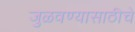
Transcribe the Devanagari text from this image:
जुळवण्यासाठीचे